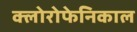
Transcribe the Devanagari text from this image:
क्लोरोफेनिकाल